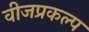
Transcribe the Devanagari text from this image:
वीजप्रकल्प